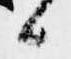
候